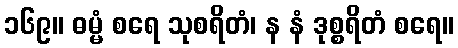
၁၆၉။ ဓမ္မံ စရေ သုစရိတံ၊ န နံ ဒုစ္စရိတံ စရေ။